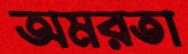
অমরতা